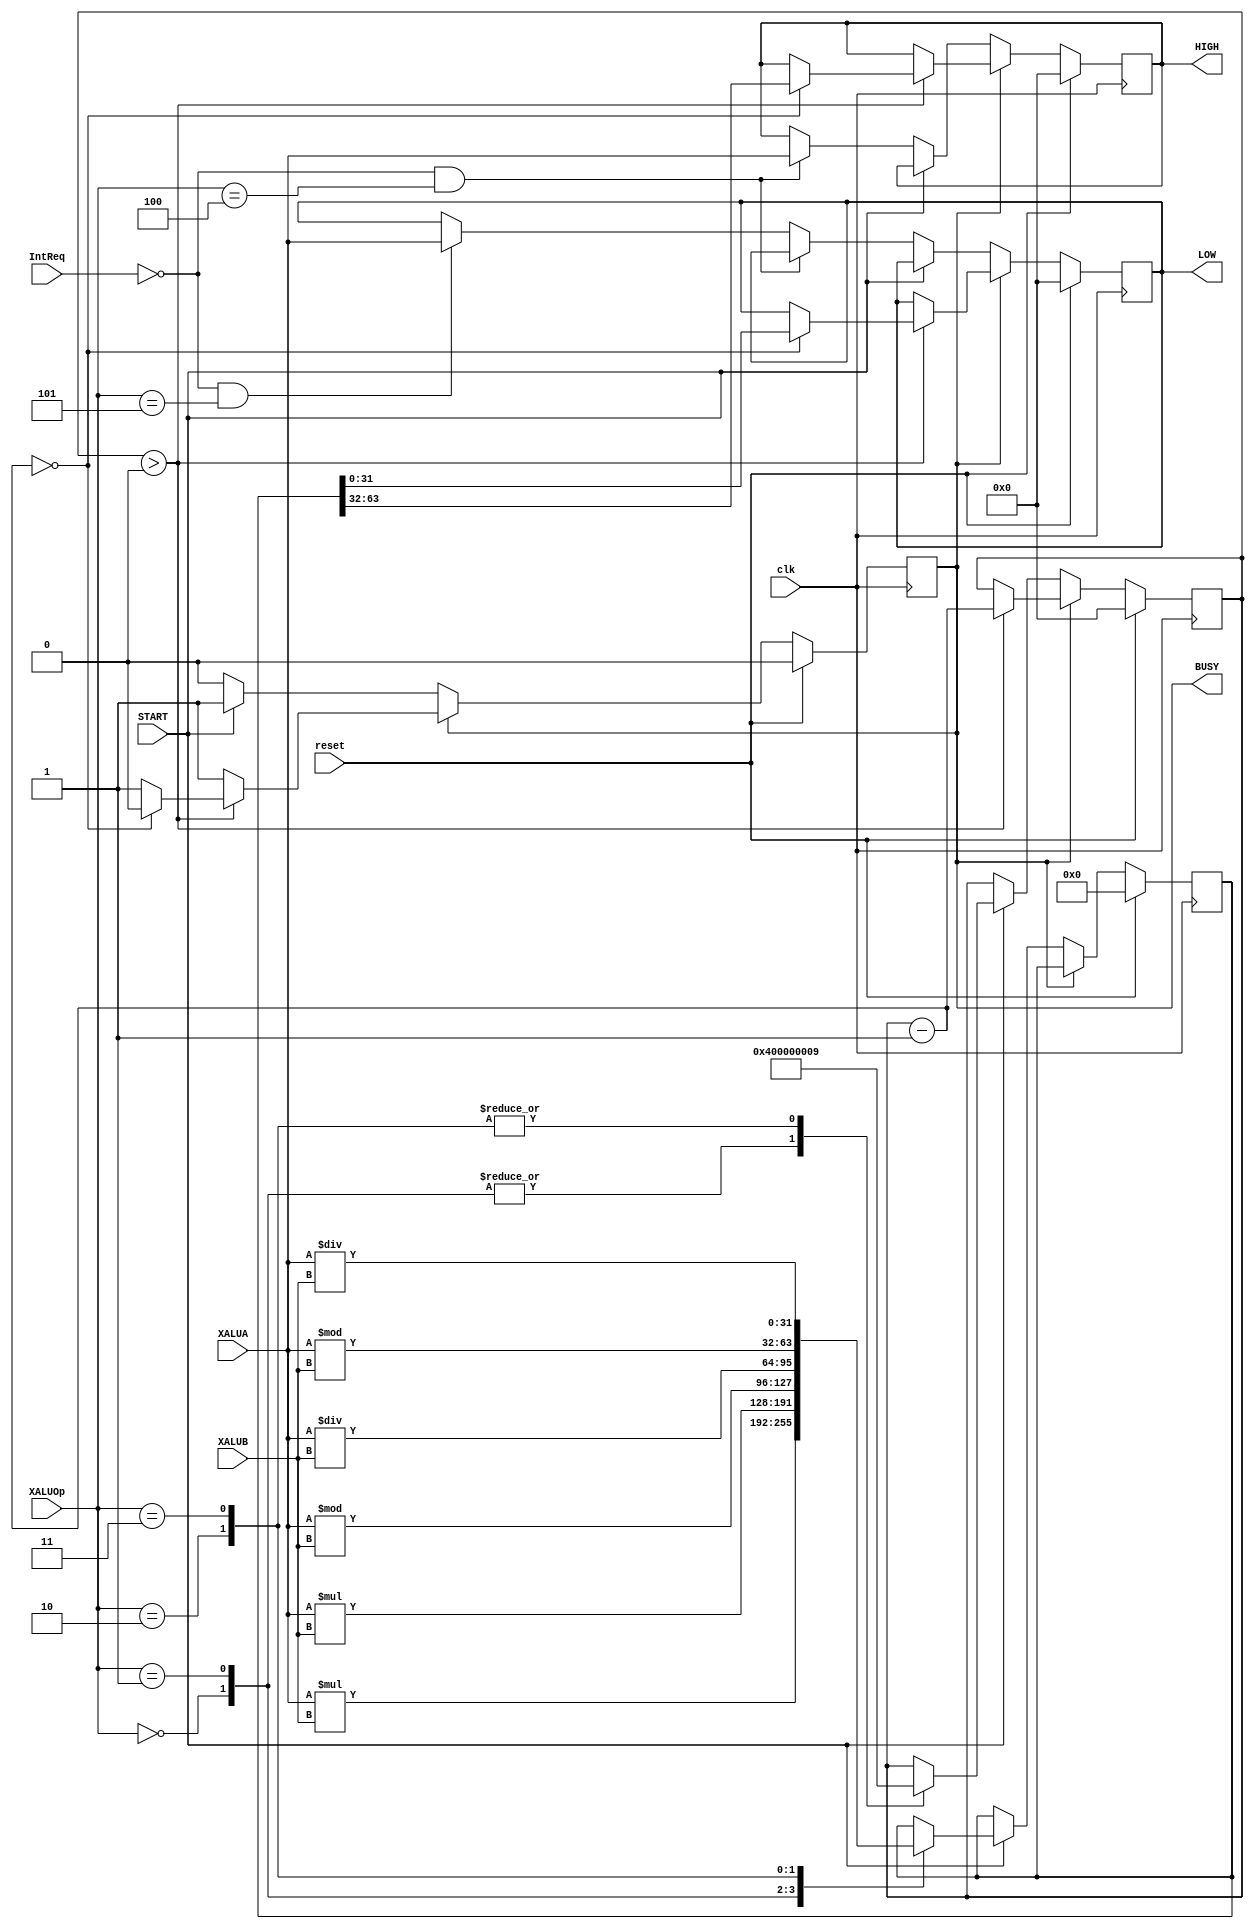
`timescale 1ns / 1ps
//////////////////////////////////////////////////////////////////////////////////
// Company: 
// Engineer: 
// 
// Design Name: 
// Module Name:    XALU 
// Project Name: 
// Target Devices: 
// Tool versions: 
// Description: 
//
// Dependencies: 
//
// Revision: 
// Revision 0.01 - File Created
// Additional Comments: 
//
//////////////////////////////////////////////////////////////////////////////////
module XALU(
    input clk,
    input reset,
    input [31:0] XALUA,
    input [31:0] XALUB,
    input [2:0] XALUOp,
    input START,
	input IntReq,
    output reg BUSY,
    output [31:0] HIGH,
    output [31:0] LOW
    );

	reg [31:0] HI;
	reg [31:0] LO;
	reg [63:0] tmp;
	reg [31:0] t;
	
	assign HIGH = HI;
	assign LOW = LO;
	
	initial begin
		HI = 32'h00000000;
		LO = 32'h00000000;
		tmp = 64'h0000000000000000;
		BUSY = 1'b0;
		t = 32'h00000000;
	end
	
	always@(posedge clk) begin
		if(reset) begin
			HI <= 32'h00000000;
			LO <= 32'h00000000;
			tmp <= 64'h0000000000000000;
			BUSY <= 1'b0;
			t <= 32'h00000000;
		end
		else if(BUSY==1'b0) begin
			if(START) begin
				BUSY <= 1;
				case(XALUOp)
					3'b000: begin
						tmp <= $signed(XALUA)*$signed(XALUB);
						t <= 4;
					end
					3'b001: begin
						tmp <= XALUA*XALUB;
						t <= 4;
					end
					3'b010: begin
						tmp <= {$signed(XALUA)%$signed(XALUB),$signed(XALUA)/$signed(XALUB)};
						t <= 9;
					end
					3'b011: begin
						tmp <= {XALUA%XALUB,XALUA/XALUB};
						t <= 9;
					end
					default: begin
					end
				endcase
			end
			else if (!IntReq&&XALUOp==3'b100) begin
				HI <= XALUA;
//				$display("%d@: $%d <= %h", $time,32,XALUA);
			end
			else if (!IntReq&&XALUOp==3'b101) begin
				LO <= XALUA;
//				$display("%d@: $%d <= %h", $time,33,XALUA);
			end
		end
		else if(BUSY==1'b1) begin
			if(t>0) begin
				t = t-1;
				if(t==0) begin
					HI <= tmp[63:32];
//					$display("%d@: $%d <= %h", $time,32,tmp[63:32]);
					LO <= tmp[31:0];
//					$display("%d@: $%d <= %h", $time,33,tmp[31:0]);
					BUSY <= 0;
				end
			end
		end
	end

endmodule